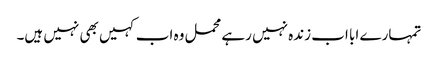
تمہارے ابا اب زندہ نہیں رہے محمل وہ اب کہیں بھی نہیں ہیں۔